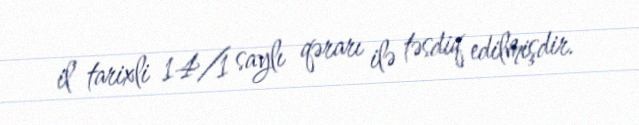
il tarixli 14/1 saylı qərarı ilə təsdiq edilmişdir.